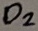
Text: D2